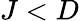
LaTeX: J<D